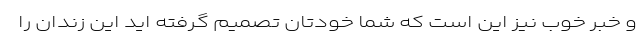
و خبر خوب نیز این است که شما خودتان تصمیم گرفته اید این زندان را